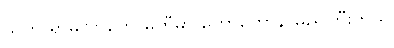
သူက ရာမလာကော်မတီမှာ တော်တော်နာမည်ကြီးတယ်